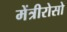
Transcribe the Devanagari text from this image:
मेंत्रीरोसो